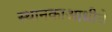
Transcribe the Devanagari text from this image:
स्थानकाआधीचे